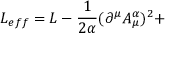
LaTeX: { \cal L } _ { e f f } = { \cal L } - \frac 1 { 2 \alpha } ( \partial ^ { \mu } A _ { \mu } ^ { \alpha } ) ^ { 2 } +